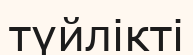
түйлікті